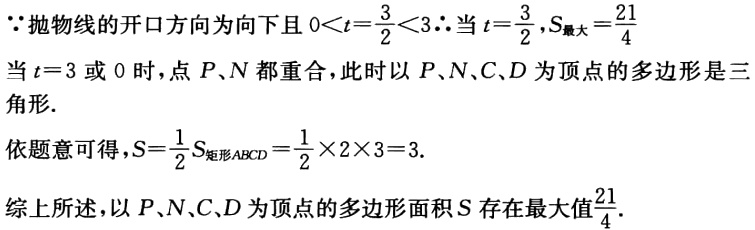
\(\because\)抛物线的开口方向为向下且\(0 < t=\frac{3}{2}<3\)\(\therefore\)当\(t = \frac{3}{2}\)，\(S_{最大}=\frac{21}{4}\)
当\(t = 3\)或\(0\)时，点\(P、N\)都重合，此时以\(P、N、C、D\)为顶点的多边形是三角形.
依题意可得，\(S=\frac{1}{2}S_{矩形ABCD}=\frac{1}{2}\times2\times3 = 3\).
综上所述，以\(P、N、C、D\)为顶点的多边形面积\(S\)存在最大值\(\frac{21}{4}\).